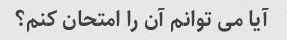
آیا می توانم آن را امتحان کنم؟